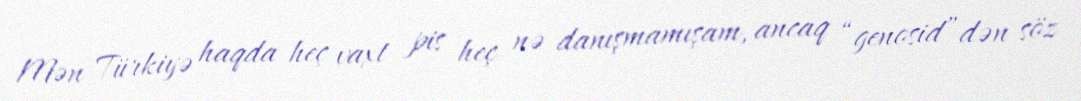
Mən Türkiyə haqda heç vaxt pis heç nə danışmamışam, ancaq “genosid”dən söz